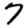
Digit: 7